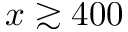
x \gtrsim 4 0 0